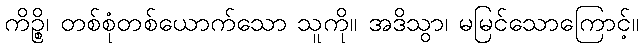
ကိဉ္စိ၊ တစ်စုံတစ်ယောက်သော သူကို။ အဒိသွာ၊ မမြင်သောကြောင့်။